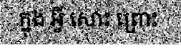
ក្នុង អ្វី សោះ ព្រោះ